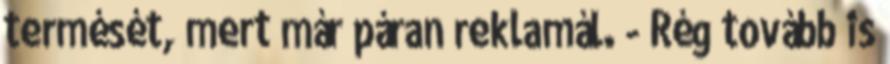
termését, mert már páran reklamál. - Rég tovább is